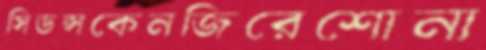
সিডন্সকেনজিরেশোনা